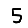
Digit: 5